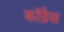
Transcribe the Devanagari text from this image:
काॅग्रेेस